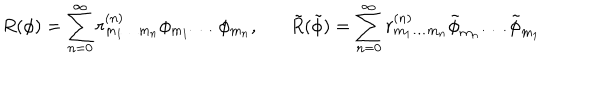
R ( \phi ) = \sum _ { n = 0 } ^ { \infty } r _ { m _ { 1 } \ldots m _ { n } } ^ { ( n ) } \phi _ { m _ { 1 } } \ldots \phi _ { m _ { n } } , \tilde { R } ( \tilde { \phi } ) = \sum _ { n = 0 } ^ { \infty } r _ { m _ { 1 } \ldots m _ { n } } ^ { ( n ) } \tilde { \phi } _ { m _ { n } } \ldots \tilde { \phi } _ { m _ { 1 } }